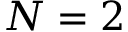
N = 2